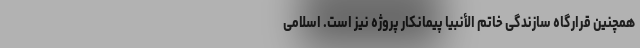
همچنین قرارگاه سازندگی خاتم الأنبیا پیمانکار پروژه نیز است. اسلامی